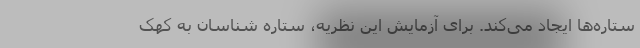
ستاره‌ها ایجاد می‌کند. برای آزمایش این نظریه، ستاره شناسان به کهک